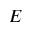
E